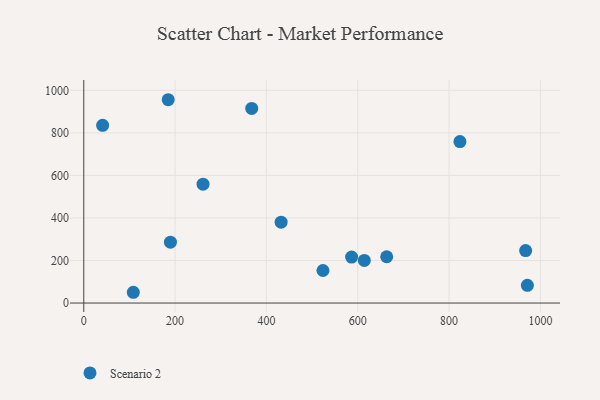
{"axis": {"x": "Study Hours", "y": "Yield"}, "legend": ["Scenario 2"], "data": [{"x": "823.8", "y": 759.2, "type": "Scenario 2"}, {"x": "367.8", "y": 914.7, "type": "Scenario 2"}, {"x": "967.7", "y": 246.5, "type": "Scenario 2"}, {"x": "108.5", "y": 50.6, "type": "Scenario 2"}, {"x": "184.9", "y": 955.7, "type": "Scenario 2"}, {"x": "586.6", "y": 216.0, "type": "Scenario 2"}, {"x": "614.4", "y": 200.1, "type": "Scenario 2"}, {"x": "189.8", "y": 286.3, "type": "Scenario 2"}, {"x": "261.2", "y": 558.9, "type": "Scenario 2"}, {"x": "432.2", "y": 380.3, "type": "Scenario 2"}, {"x": "41.3", "y": 835.3, "type": "Scenario 2"}, {"x": "971.5", "y": 83.4, "type": "Scenario 2"}, {"x": "663.4", "y": 217.7, "type": "Scenario 2"}, {"x": "523.8", "y": 152.9, "type": "Scenario 2"}]}